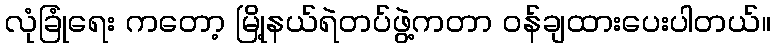
လုံခြုံရေး ကတော့ မြို့နယ်ရဲတပ်ဖွဲ့ကတာ ဝန်ချထားပေးပါတယ်။